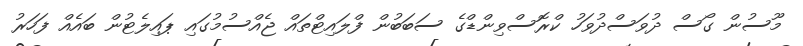
މޫސުން ގޯސް ދުވަަސްދުވަހު ކްރޮސްވިންޑްގެ ސަބަބުން ފްލައިޓްތައް ޖެއްސުމުގައި ޕައިލެޓުން ބައެއް ފަހަރު